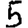
Digit: 5